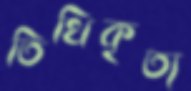
তিথিকৃত্য